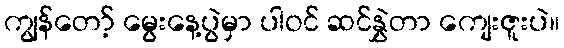
ကျွန်တော့် မွေးနေ့ပွဲမှာ ပါဝင် ဆင်နွှဲတာ ကျေးဇူးပဲ။